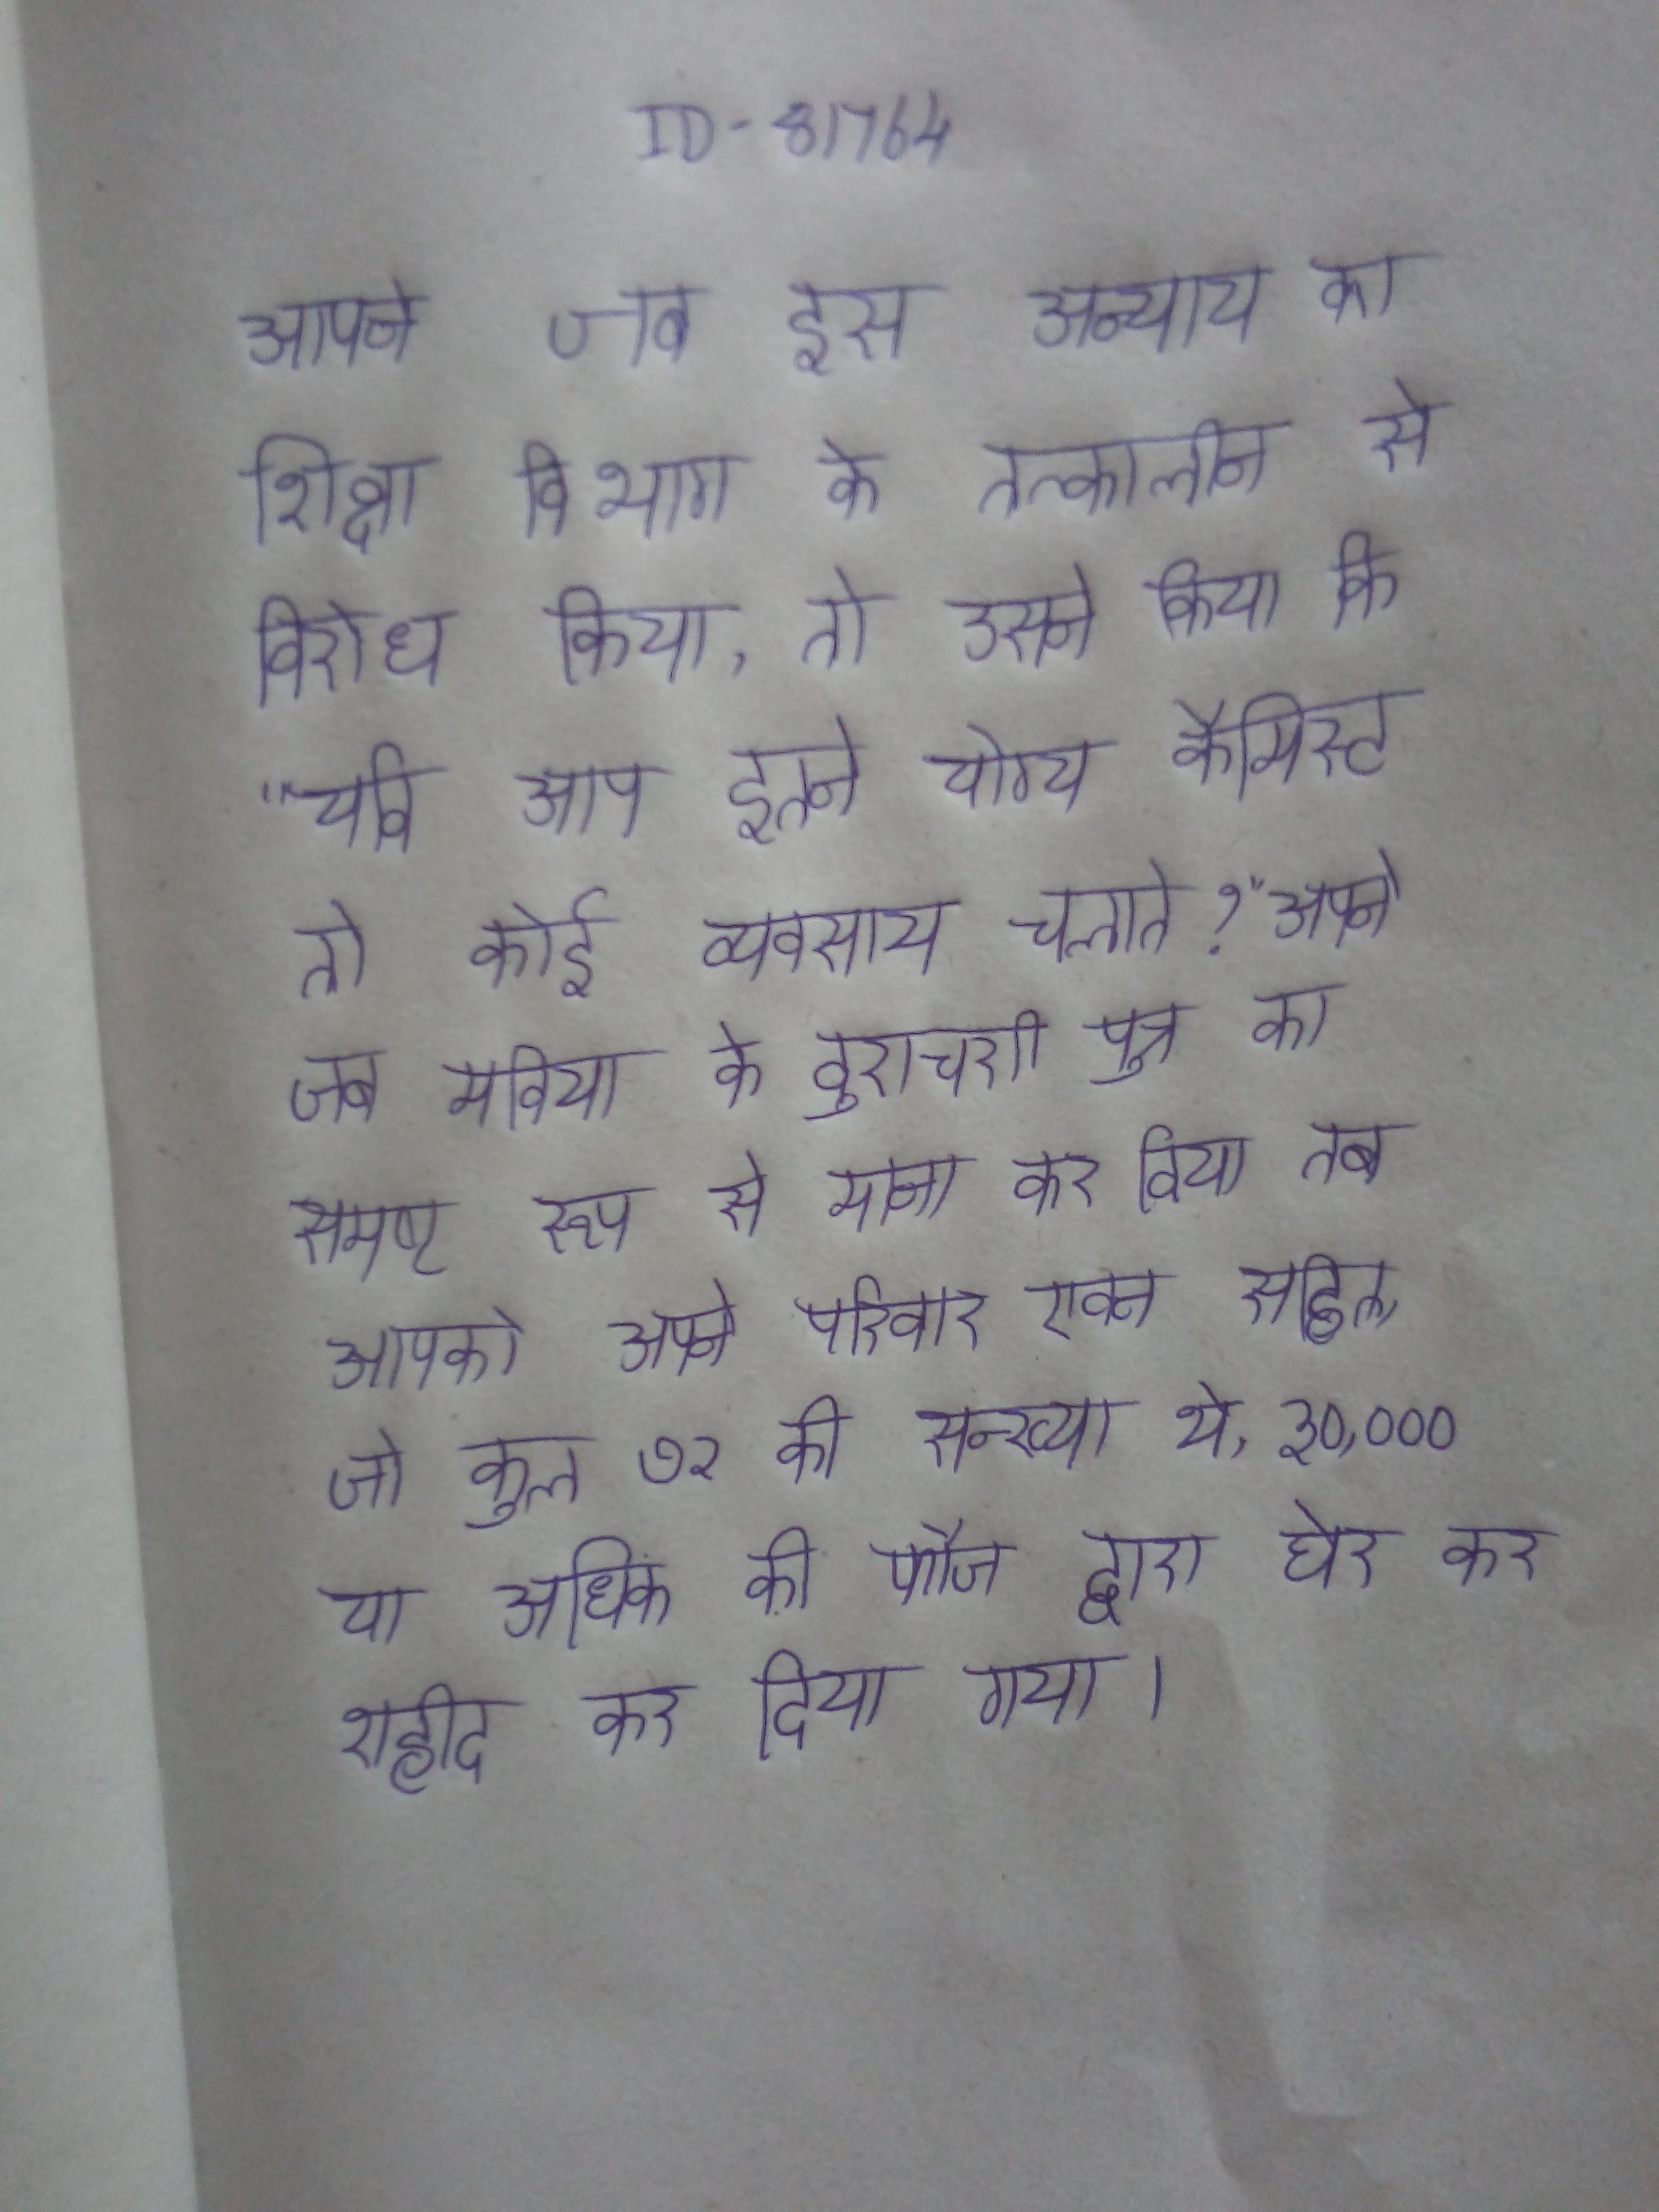
आपने जब इस अन्याय का शिक्षा विभाग के तत्कालीन से विरोध किया, तो उसने किया कि "यदि आप इतने योग्य कैमिस्ट तो कोई व्यवसाय चलाते?" आपने जब मविया के दुराचारी पुत्र का समर्थन करने से जब स्पष्ट रूप से मना कर दिया तब आपको अपने परिवार एवम सहित, जो कुल ७२ की सन्ख्या थे, ३०,००० या अधिक की फौज द्वारा घेर कर शहीद कर दिया गया ।